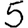
Digit: 5